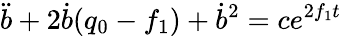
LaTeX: \ddot{b}+2\dot{b}(q_{0}-f_{1})+\dot{b}^{2}=ce^{2f_{1}t}